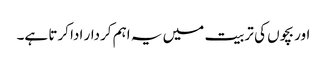
اور بچوں کی تربیت میں یہ اہم کردار ادا کرتا ہے۔